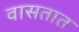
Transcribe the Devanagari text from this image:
वासतात